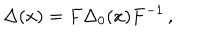
\Delta ( x ) = F \Delta _ { 0 } ( x ) F ^ { - 1 } \, ,